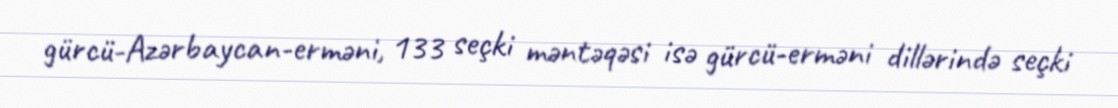
gürcü-Azərbaycan-erməni, 133 seçki məntəqəsi isə gürcü-erməni dillərində seçki